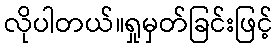
လိုပါတယ်။ရှုမှတ်ခြင်းဖြင့်